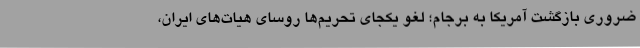
ضروری بازگشت آمریکا به برجام؛ لغو یکجای تحریم‌ها روسای هیات‌های ایران،